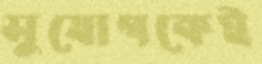
সুযোগকেই